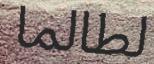
لطالما